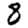
Digit: 8